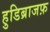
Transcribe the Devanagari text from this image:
हुडिब्राजफ़